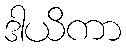
ဒါယိကာ